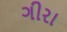
ગીરા